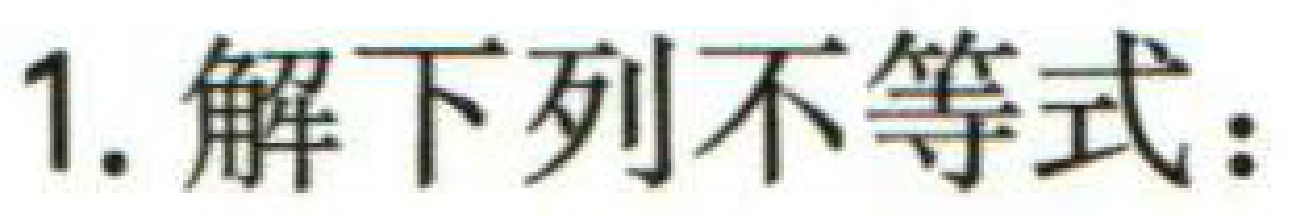
1. 解下列不等式：